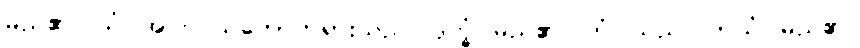
မည်၏။ ယံ၊ အကြင်သဘောတရားသည်။ ဒုက္ခံ၊ မည်၏။ တံ၊ သည်။ ဘယံ၊ မည်၏။